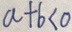
a + b < 0